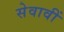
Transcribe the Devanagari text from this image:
सेवावीं